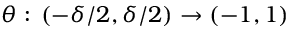
\theta : \, ( - \delta / 2 , \delta / 2 ) \rightarrow ( - 1 , 1 )